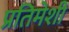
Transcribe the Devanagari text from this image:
प्रतिमेशी